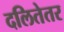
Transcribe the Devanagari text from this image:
दलितेतर